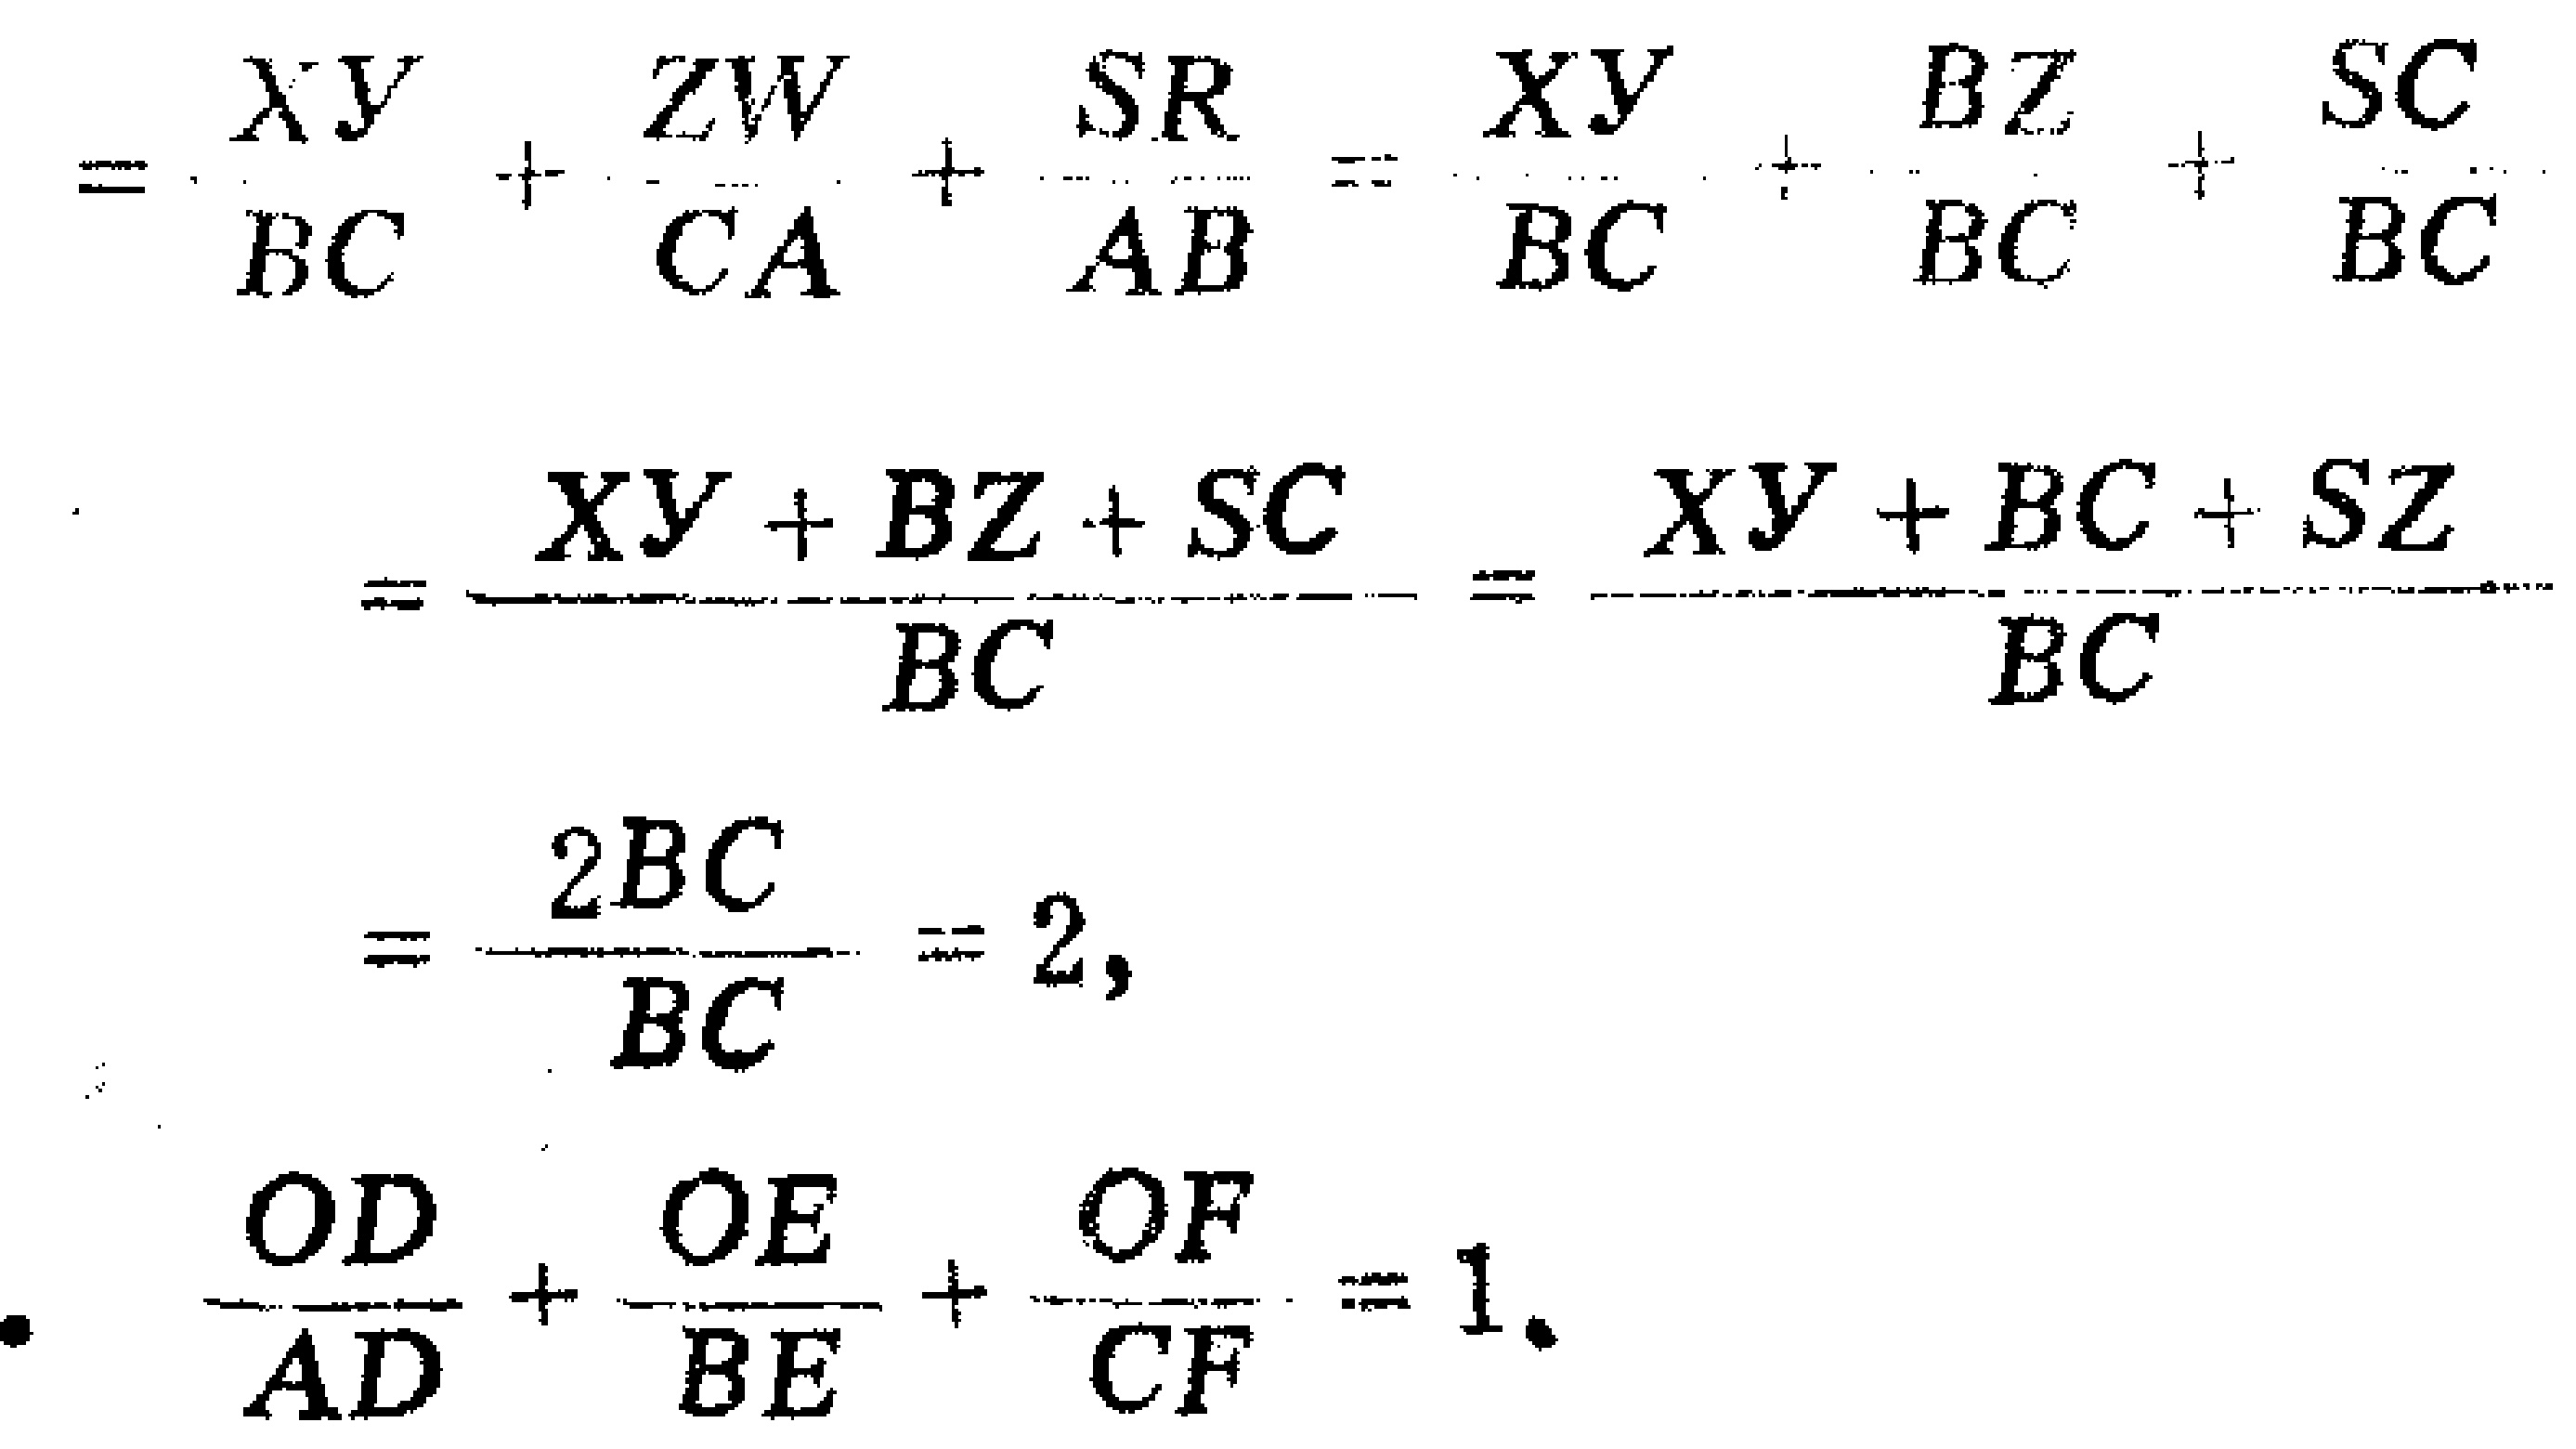
\[

\begin{align*}

&=\frac{XY}{BC}+\frac{ZW}{CA}+\frac{SR}{AB}=\frac{XY}{BC}+\frac{BZ}{BC}+\frac{SC}{BC}\\

&=\frac{XY + BZ+SC}{BC}=\frac{XY + BC+SZ}{BC}\\

&=\frac{2BC}{BC}=2,\\

&\frac{OD}{AD}+\frac{OE}{BE}+\frac{OF}{CF}=1.

\end{align*}

\]